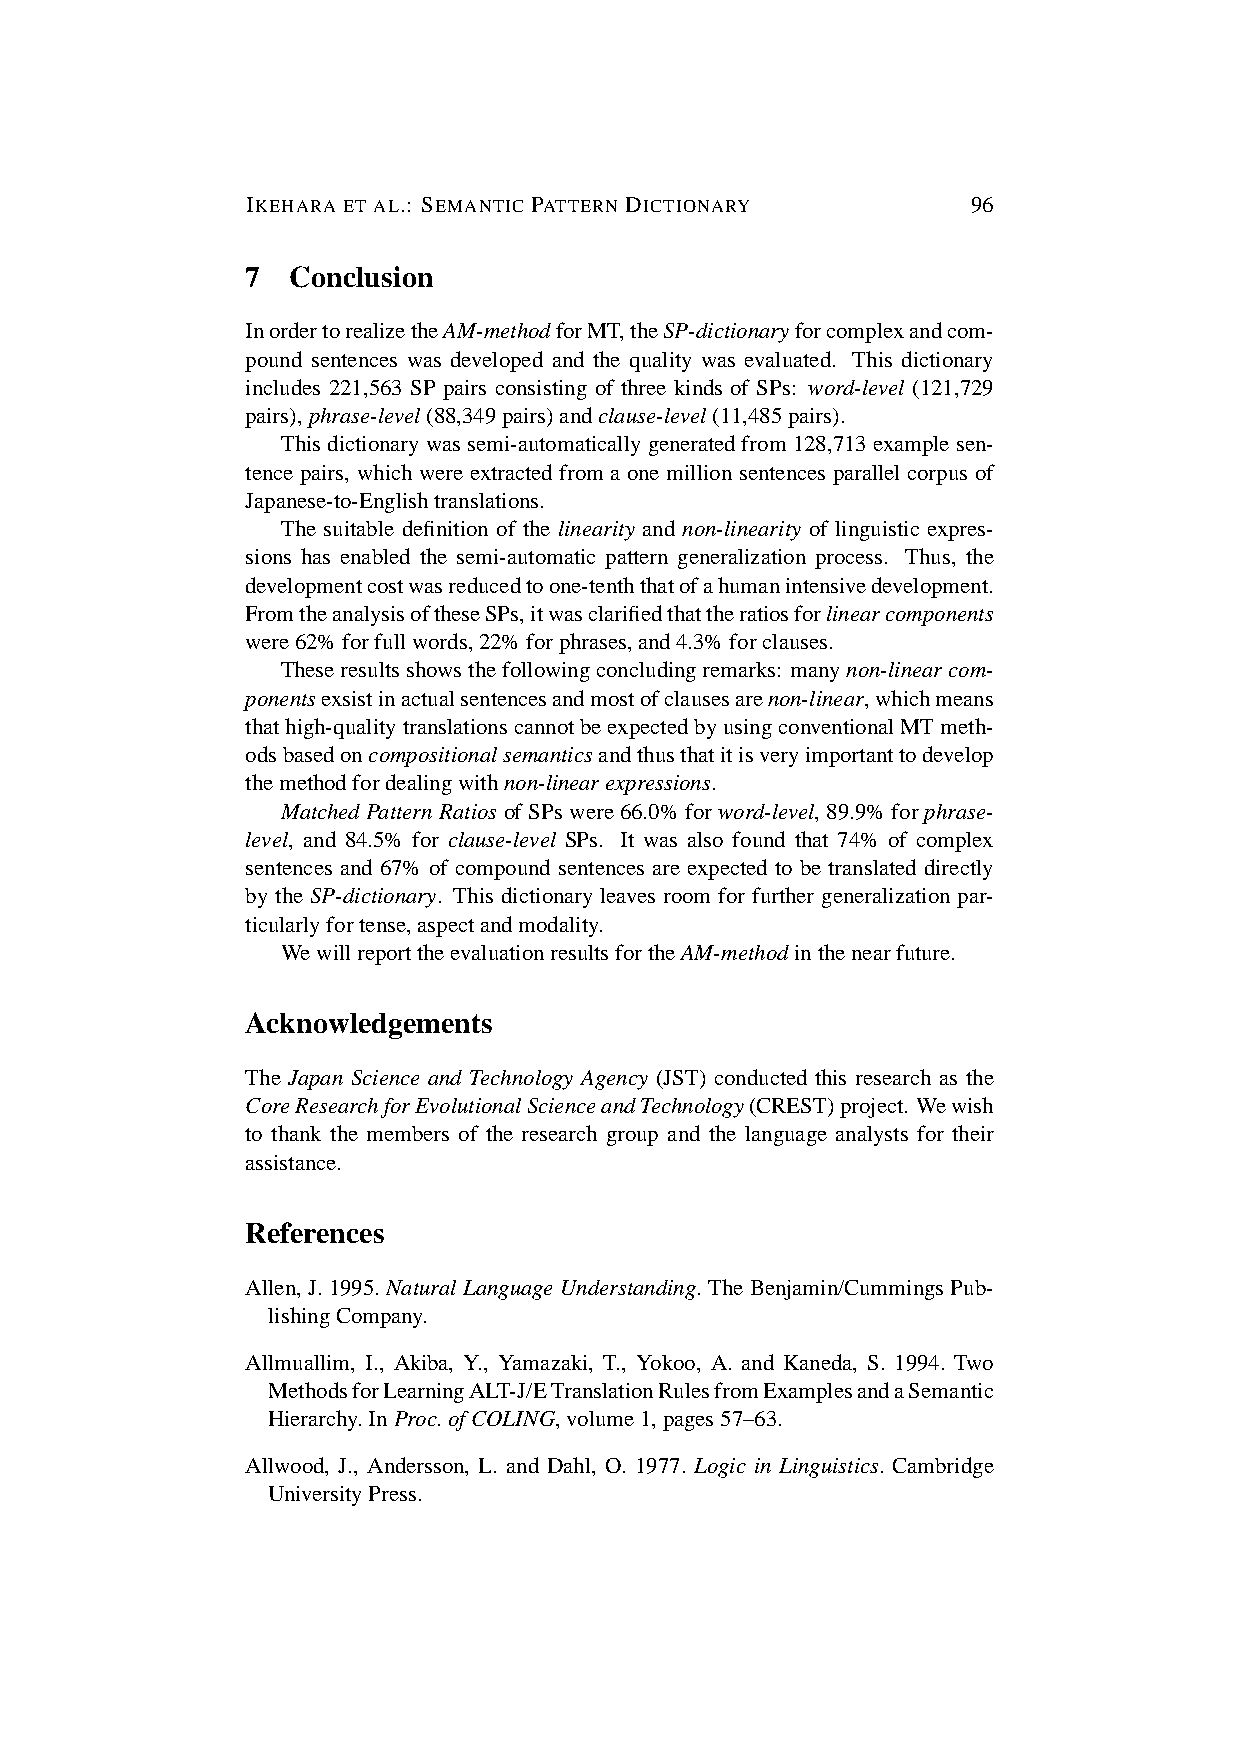
IKEHARA ET AL.: SEMANTIC PATTERN DICTIONARY     96
 7  Conclusion
 InordertorealizetheAM-methodforMT,theSP-dictionaryforcomplexandcom-
 pound sentences was developed and the quality was evaluated. This dictionary
 includes 221,563 SP pairs consisting of three kinds of SPs: word-level (121,729
 pairs),phrase-level(88,349pairs)andclause-level(11,485pairs).
 Thisdictionarywassemi-automaticallygeneratedfrom128,713examplesen-
 tence pairs, which were extracted from a one million sentences parallel corpus of
 Japanese-to-Englishtranslations.
 The suitable definition of the linearity and non-linearity of linguistic expres-
 sions has enabled the semi-automatic pattern generalization process. Thus, the
 developmentcostwasreducedtoone-tenththatofahumanintensivedevelopment.
 FromtheanalysisoftheseSPs,itwasclarifiedthattheratiosforlinearcomponents
 were62%forfullwords,22%forphrases,and4.3%forclauses.
 Theseresultsshowsthefollowingconcludingremarks: manynon-linearcom-
 ponentsexsistinactualsentencesandmostofclausesarenon-linear,whichmeans
 thathigh-qualitytranslationscannotbeexpectedbyusingconventionalMTmeth-
 odsbasedoncompositionalsemanticsandthusthatitisveryimportanttodevelop
 themethodfordealingwithnon-linearexpressions.
 Matched Pattern Ratios of SPs were 66.0% for word-level, 89.9% for phrase-
 level, and 84.5% for clause-level SPs. It was also found that 74% of complex
 sentences and 67% of compound sentences are expected to be translated directly
 by the SP-dictionary. This dictionary leaves room for further generalization par-
 ticularlyfortense,aspectandmodality.
 WewillreporttheevaluationresultsfortheAM-methodinthenearfuture.
 Acknowledgements
 The Japan Science and Technology Agency (JST) conducted this research as the
 CoreResearchforEvolutionalScienceandTechnology(CREST)project. Wewish
 to thank the members of the research group and the language analysts for their
 assistance.
 References
 Allen, J.1995.NaturalLanguageUnderstanding.TheBenjamin/CummingsPub-
 lishingCompany.
 Allmuallim, I., Akiba, Y., Yamazaki, T., Yokoo, A. and Kaneda, S. 1994. Two
 MethodsforLearningALT-J/ETranslationRulesfromExamplesandaSemantic
 Hierarchy.InProc.ofCOLING,volume1,pages57–63.
 Allwood, J., Andersson, L. and Dahl, O. 1977. Logic in Linguistics. Cambridge
 UniversityPress.